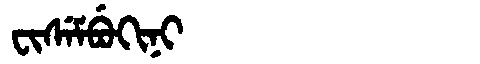
Manchu: ᠸᡳᠰᡝᠮᠪᡠᡴᡳᠨᡳ
Romanization: FISEMBUKINI